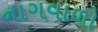
નાગવાળો